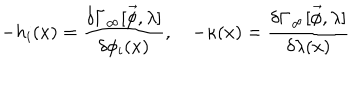
LaTeX: - h _ { i } ( x ) = \frac { \delta \Gamma _ { \infty } [ \vec { \phi } , \lambda ] } { \delta \phi _ { i } ( x ) } , \quad - \kappa ( x ) = \frac { \delta \Gamma _ { \infty } [ \vec { \phi } , \lambda ] } { \delta \lambda ( x ) }